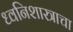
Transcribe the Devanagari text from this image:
ध्वनिशास्त्राचा